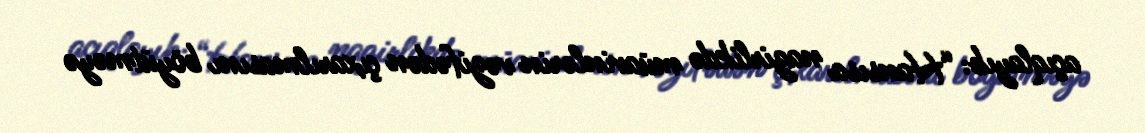
açıqlayıb: “Hansısa nazirlikdə müavinlərin vəzifədən çıxarılmasını böyütməyə